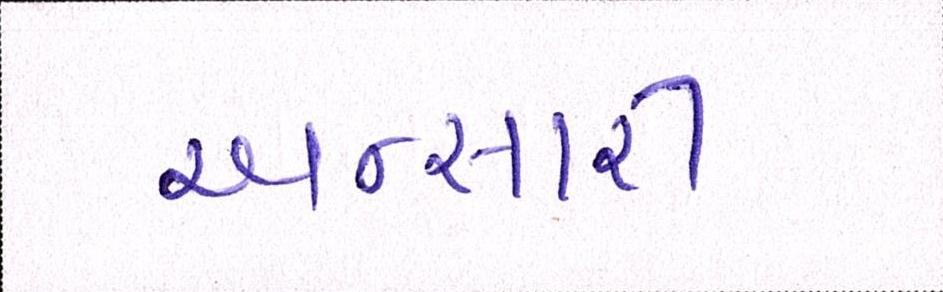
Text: અન્સારી